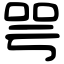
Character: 咢